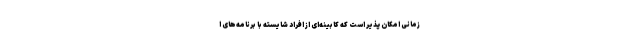
زمانی امکان پذیر است که کابینه‌ای از افراد شایسته با برنامه‌های ا